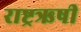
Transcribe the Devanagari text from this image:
राष्ट्रऋषी